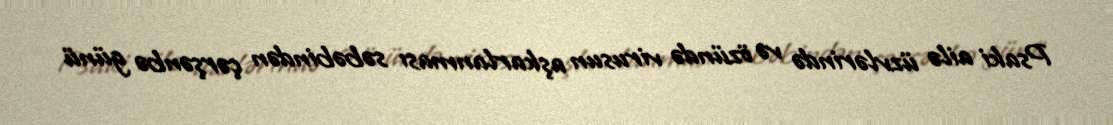
Psaki ailə üzvlərində və özündə virusun aşkarlanması səbəbindən çərşənbə günü